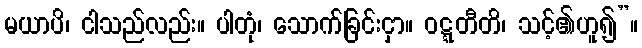
မယာပိ၊ ငါသည်လည်း။ ပါတုံ၊ သောက်ခြင်းငှာ။ ဝဋ္ဋတီတိ၊ သင့်၏ဟူ၍”။